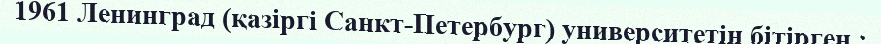
1961 Ленинград (қазіргі Санкт-Петербург) университетін бітірген.;